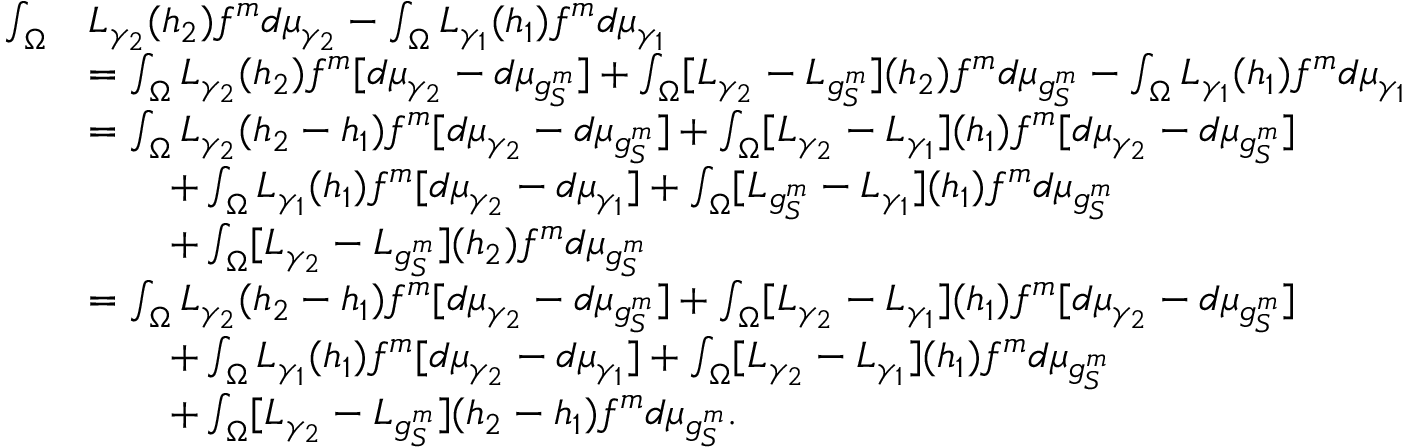
\begin{array} { r l } { \int _ { \Omega } } & { L _ { \gamma _ { 2 } } ( h _ { 2 } ) f ^ { m } d \mu _ { \gamma _ { 2 } } - \int _ { \Omega } L _ { \gamma _ { 1 } } ( h _ { 1 } ) f ^ { m } d \mu _ { \gamma _ { 1 } } } \\ & { = \int _ { \Omega } L _ { \gamma _ { 2 } } ( h _ { 2 } ) f ^ { m } [ d \mu _ { \gamma _ { 2 } } - d \mu _ { g _ { S } ^ { m } } ] + \int _ { \Omega } [ L _ { \gamma _ { 2 } } - L _ { g _ { S } ^ { m } } ] ( h _ { 2 } ) f ^ { m } d \mu _ { g _ { S } ^ { m } } - \int _ { \Omega } L _ { \gamma _ { 1 } } ( h _ { 1 } ) f ^ { m } d \mu _ { \gamma _ { 1 } } } \\ & { = \int _ { \Omega } L _ { \gamma _ { 2 } } ( h _ { 2 } - h _ { 1 } ) f ^ { m } [ d \mu _ { \gamma _ { 2 } } - d \mu _ { g _ { S } ^ { m } } ] + \int _ { \Omega } [ L _ { \gamma _ { 2 } } - L _ { \gamma _ { 1 } } ] ( h _ { 1 } ) f ^ { m } [ d \mu _ { \gamma _ { 2 } } - d \mu _ { g _ { S } ^ { m } } ] } \\ & { \qquad + \int _ { \Omega } L _ { \gamma _ { 1 } } ( h _ { 1 } ) f ^ { m } [ d \mu _ { \gamma _ { 2 } } - d \mu _ { \gamma _ { 1 } } ] + \int _ { \Omega } [ L _ { g _ { S } ^ { m } } - L _ { \gamma _ { 1 } } ] ( h _ { 1 } ) f ^ { m } d \mu _ { g _ { S } ^ { m } } } \\ & { \qquad + \int _ { \Omega } [ L _ { \gamma _ { 2 } } - L _ { g _ { S } ^ { m } } ] ( h _ { 2 } ) f ^ { m } d \mu _ { g _ { S } ^ { m } } } \\ & { = \int _ { \Omega } L _ { \gamma _ { 2 } } ( h _ { 2 } - h _ { 1 } ) f ^ { m } [ d \mu _ { \gamma _ { 2 } } - d \mu _ { g _ { S } ^ { m } } ] + \int _ { \Omega } [ L _ { \gamma _ { 2 } } - L _ { \gamma _ { 1 } } ] ( h _ { 1 } ) f ^ { m } [ d \mu _ { \gamma _ { 2 } } - d \mu _ { g _ { S } ^ { m } } ] } \\ & { \qquad + \int _ { \Omega } L _ { \gamma _ { 1 } } ( h _ { 1 } ) f ^ { m } [ d \mu _ { \gamma _ { 2 } } - d \mu _ { \gamma _ { 1 } } ] + \int _ { \Omega } [ L _ { \gamma _ { 2 } } - L _ { \gamma _ { 1 } } ] ( h _ { 1 } ) f ^ { m } d \mu _ { g _ { S } ^ { m } } } \\ & { \qquad + \int _ { \Omega } [ L _ { \gamma _ { 2 } } - L _ { g _ { S } ^ { m } } ] ( h _ { 2 } - h _ { 1 } ) f ^ { m } d \mu _ { g _ { S } ^ { m } } . } \end{array}